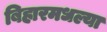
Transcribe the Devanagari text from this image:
बिहारमधल्या